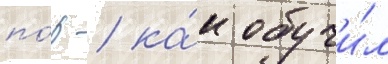
по́р / ка́к обучи́л